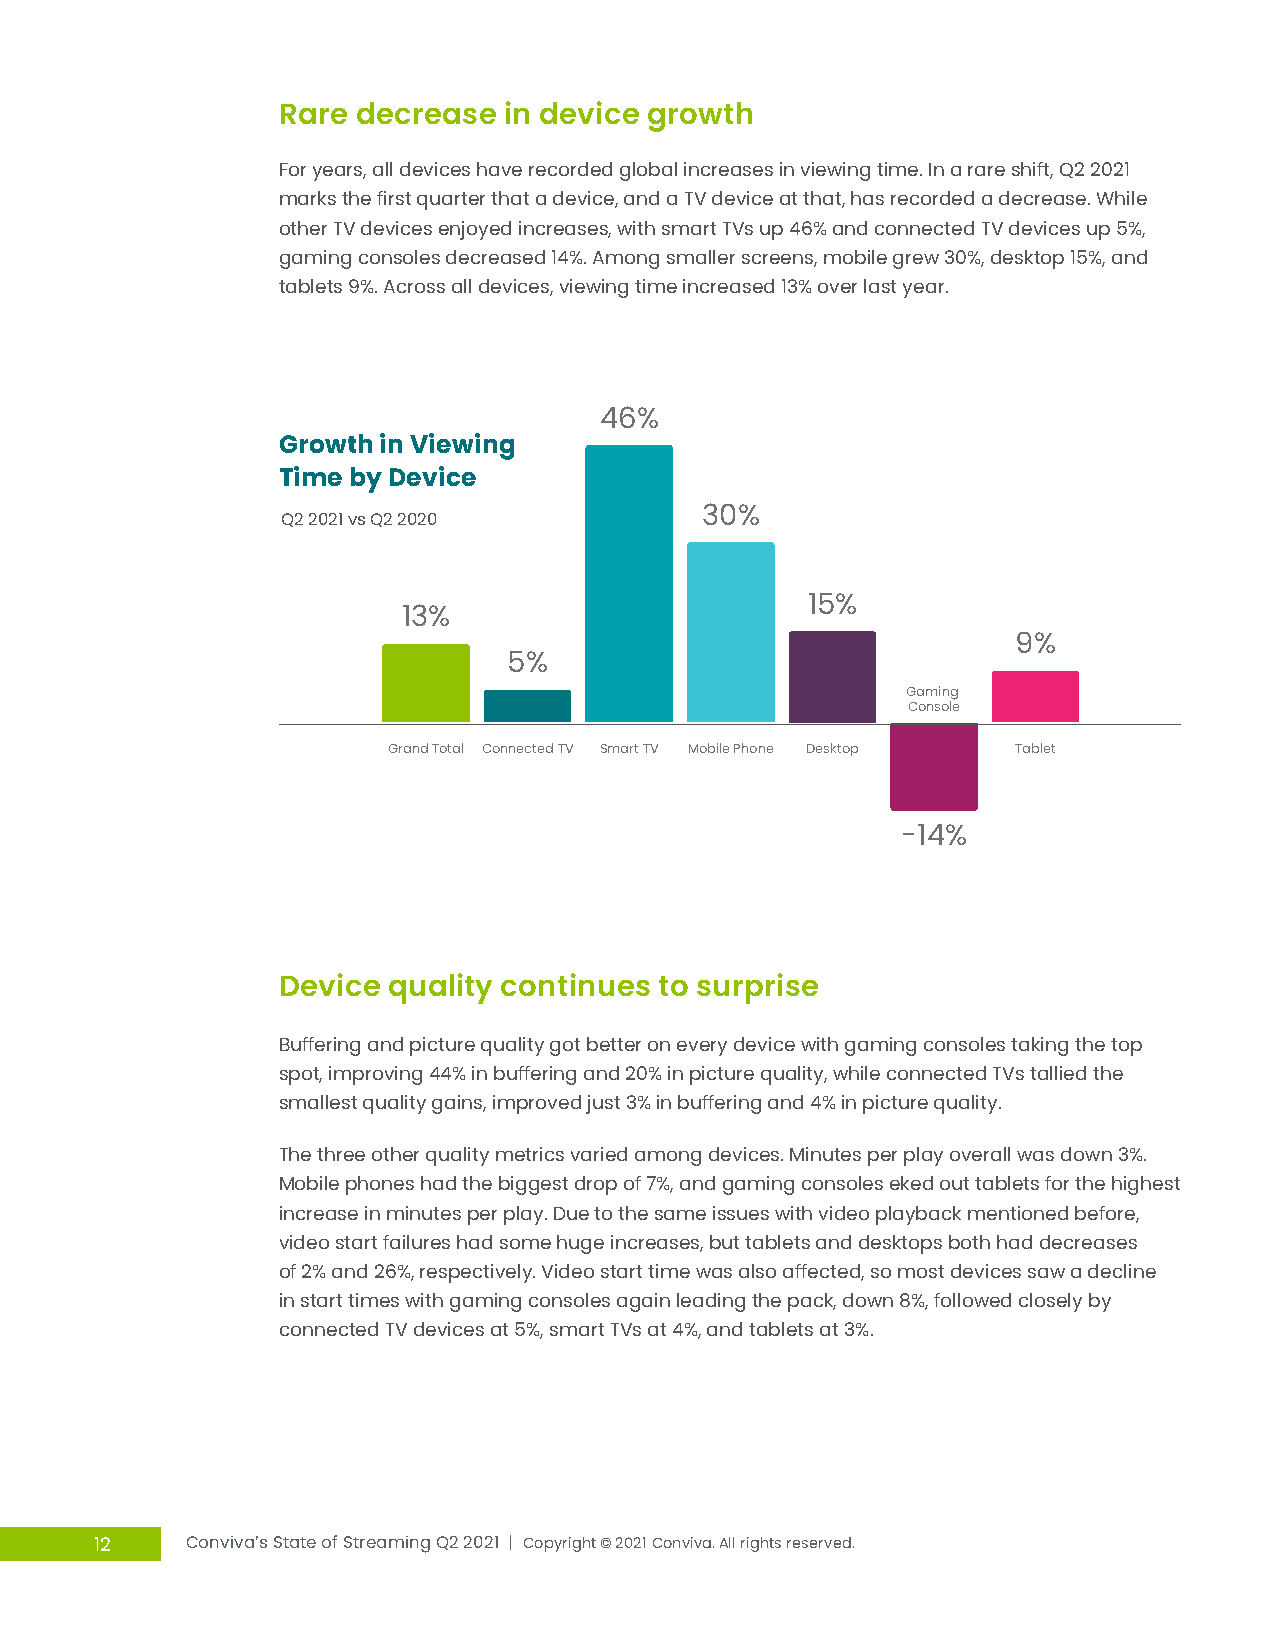
Rare  decrease in device growth
 For years, all devices have recorded global increases in viewing time. In a rare shift, Q2 2021
 marks the first quarter that a device, and a TV device at that, has recorded a decrease. While
 other TV devices enjoyed increases, with smart TVs up 46% and connected TV devices up 5%,
 gaming consoles decreased 14%. Among smaller screens, mobile grew 30%, desktop 15%, and
 tablets 9%. Across all devices, viewing time increased 13% over last year.
 46%
 Growth in Viewing
 Time by Device
 Q2 2021 vs Q2 2020         30%
 15%
 13%
 9%
 5%
 Gaming
 Console
 Grand Total Connected TV Smart TV Mobile Phone Desktop Tablet
 -14%
 Device  quality continues to surprise
 Buffering and picture quality got better on every device with gaming consoles taking the top
 spot, improving 44% in buffering and 20% in picture quality, while connected TVs tallied the
 smallest quality gains, improved just 3% in buffering and 4% in picture quality.
 The three other quality metrics varied among devices. Minutes per play overall was down 3%.
 Mobile phones had the biggest drop of 7%, and gaming consoles eked out tablets for the highest
 increase in minutes per play. Due to the same issues with video playback mentioned before,
 video start failures had some huge increases, but tablets and desktops both had decreases
 of 2% and 26%, respectively. Video start time was also affected, so most devices saw a decline
 in start times with gaming consoles again leading the pack, down 8%, followed closely by
 connected TV devices at 5%, smart TVs at 4%, and tablets at 3%.
 12    Conviva’s State of Streaming Q2 2021 | Copyright © 2021 Conviva. All rights reserved.